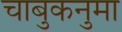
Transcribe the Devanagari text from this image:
चाबुकनुमा